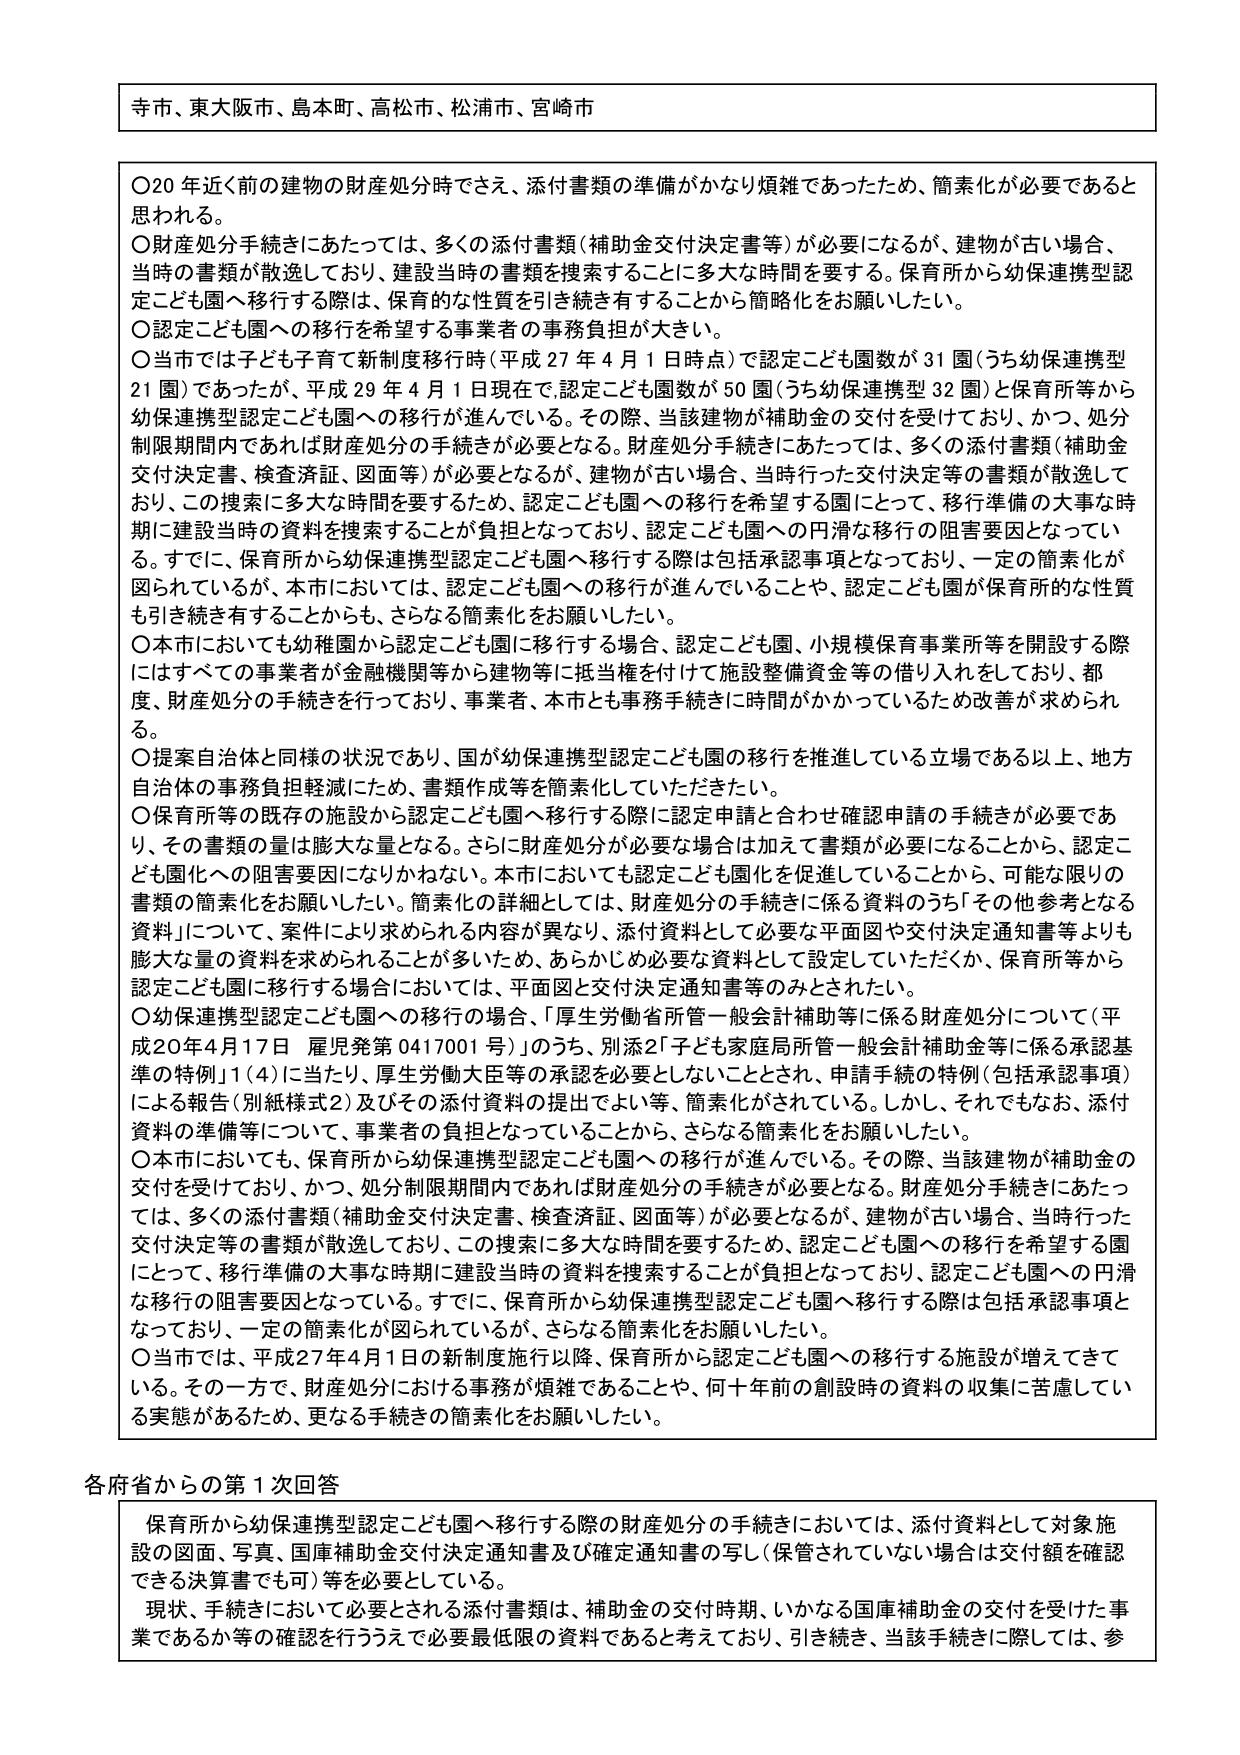
寺市、東大阪市、島本町、高松市、松浦市、宮崎市

〇20年近く前の建物の財産処分時でさえ、添付書類の準備がかなり煩雑であったため、簡素化が必要であると思われる。
〇財産処分手続きにあたっては、多くの添付書類（補助金交付決定書等）が必要になるが、建物が古い場合、当時の書類が散逸しており、建設当時の書類を捜索することに多大な時間を要する。保育所から幼保連携型認定こども園へ移行する際は、保育的な性質を引き続き有することから簡略化をお願いしたい。
〇認定こども園への移行を希望する事業者の事務負担が大きい。
〇当市では子ども子育て新制度移行時（平成27年4月1日時点）で認定こども園数が31園（うち幼保連携型21園）であったが、平成29年4月1日現在で認定こども園数が50園（うち幼保連携型32園）と保育所等から幼保連携型認定こども園への移行が進んでいる。その際、当該建物が補助金の交付を受けており、かつ、処分制限期間内であれば財産処分の手続きが必要となる。財産処分手続きにあたっては、多くの添付書類（補助金交付決定書、検査済証、図面等）が必要となるが、建物が古い場合、当時行った交付決定等の書類が散逸しており、この捜索に多大な時間を要するため、認定こども園への移行を希望する園にとって、移行準備の大事な時期に建設当時の資料を捜索することが負担となっており、認定こども園への円滑な移行の阻害要因となっている。すでに、保育所から幼保連携型認定こども園へ移行する際は包括承認事項となっており、一定の簡素化が図られているが、本市においては、認定こども園への移行が進んでいることや、認定こども園が保育所的な性質も引き続き有することからも、さらなる簡素化をお願いしたい。
〇本市においても幼稚園から認定こども園に移行する場合、認定こども園、小規模保育事業所等を開設する際にはすべての事業者が金融機関等から建物等に抵当権を付けて施設整備資金等の借り入れをしており、都度、財産処分の手続きを行っており、事業者、本市とも事務手続きに時間がかかっているため改善が求められる。
〇提案自治体と同様の状況であり、国が幼保連携型認定こども園の移行を推進している立場である以上、地方自治体の事務負担軽減のため、書類作成等を簡素化していただきたい。
〇保育所等の既存の施設から認定こども園へ移行する際に認定申請と合わせ確認申請の手続きが必要であり、その書類の量は膨大な量となる。さらに財産処分が必要な場合は加えて書類が必要になることから、認定こども園化への阻害要因になりかねない。本市においても認定こども園化を促進していることから、可能な限りの書類の簡素化をお願いしたい。簡素化の詳細としては、財産処分の手続きに係る資料のうち「その他参考となる資料」について、案件により求められる内容が異なり、添付資料として必要な平面図や交付決定通知書等よりも膨大な量の資料を求められることが多いため、あらかじめ必要な資料として設定していただくか、保育所等から認定こども園に移行する場合においては、平面図と交付決定通知書等のみとされたい。
〇幼保連携型認定こども園への移行の場合、「厚生労働省所管一般会計補助等に係る財産処分について（平成20年4月17日 雇児発第0417001号）」のうち、別添2「子ども家庭局所管一般会計補助金等に係る承認基準の特例」1（4）に当たり、厚生労働大臣等の承認を必要としないこととされ、申請手続の特例（包括承認事項）による報告（別紙様式2）及びその添付資料の提出でよい等、簡素化がされている。しかし、それでもなお、添付資料の準備等について、事業者の負担となっていることから、さらなる簡素化をお願いしたい。
〇本市においても、保育所から幼保連携型認定こども園への移行が進んでいる。その際、当該建物が補助金の交付を受けており、かつ、処分制限期間内であれば財産処分の手続きが必要となる。財産処分手続きにあたっては、多くの添付書類（補助金交付決定書、検査済証、図面等）が必要となるが、建物が古い場合、当時行った交付決定等の書類が散逸しており、この捜索に多大な時間を要するため、認定こども園への移行を希望する園にとって、移行準備の大事な時期に建設当時の資料を捜索することが負担となっており、認定こども園への円滑な移行の阻害要因となっている。すでに、保育所から幼保連携型認定こども園へ移行する際は包括承認事項となっており、一定の簡素化が図られているが、さらなる簡素化をお願いしたい。
〇当市では、平成27年4月1日の新制度施行以降、保育所から認定こども園への移行する施設が増えてきている。その一方で、財産処分における事務が煩雑であることや、何十年前の創設時の資料の収集に苦慮している実態があるため、更なる手続きの簡素化をお願いしたい。

各府省からの第1次回答

保育所から幼保連携型認定こども園へ移行する際の財産処分の手続きにおいては、添付資料として対象施設の図面、写真、国庫補助金交付決定通知書及び確定通知書の写し（保管されていない場合は交付額を確認できる決算書でも可）等を必要としている。
現状、手続きにおいて必要とされる添付書類は、補助金の交付時期、いかなる国庫補助金の交付を受けた事業であるか等の確認を行ううえで必要最低限の資料であると考えており、引き続き、当該手続きに際しては、参